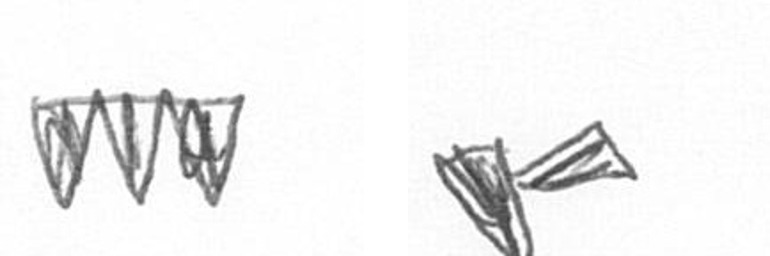
L F